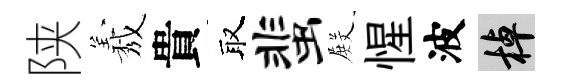
陕𦏁貴取蜚𭮺惺波棹